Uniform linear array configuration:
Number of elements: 8
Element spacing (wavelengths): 0.25
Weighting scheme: binomial
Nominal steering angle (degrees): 45
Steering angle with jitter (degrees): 44.547
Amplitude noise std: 0.05
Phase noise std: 0.05

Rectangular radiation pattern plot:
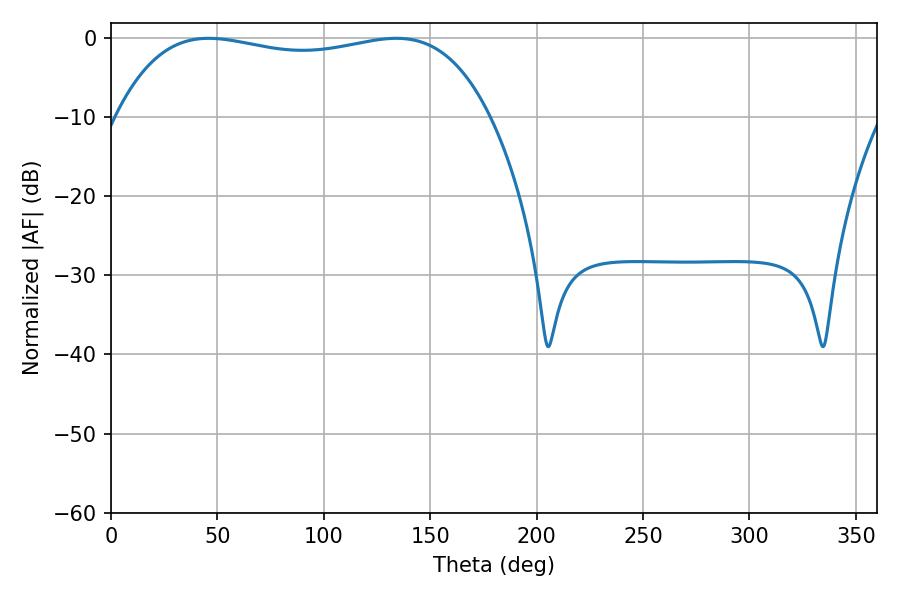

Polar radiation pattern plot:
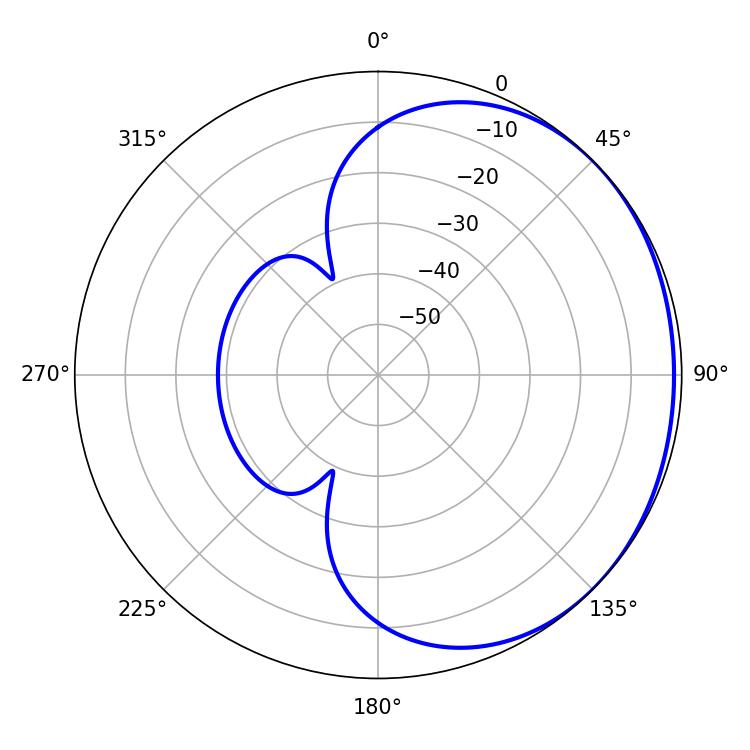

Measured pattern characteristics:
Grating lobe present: FALSE
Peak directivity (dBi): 0.9355
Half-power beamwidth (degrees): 141.48
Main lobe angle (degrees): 45.9